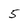
Character: 5